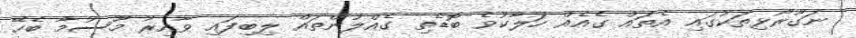
ނަގޫރޯޅިތަކުގައި އެތައް ގެއެއް ހަލާކުވެ ބޮޑެތި ގެއްލުންތައް ލިބިފައި ވާއިރު މޫސުމާ ބެހޭ